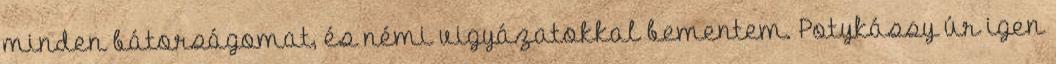
minden bátorságomat, és némi vigyázatokkal bementem. Potykássy úr igen